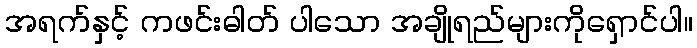
အရက်နှင့် ကဖင်းဓါတ် ပါသော အချိုရည်များကိုရှောင်ပါ။